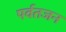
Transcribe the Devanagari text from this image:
पर्वतजन